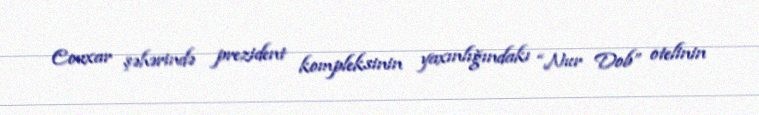
Couxar şəhərində prezident kompleksinin yaxınlığındakı “Nur Dob” otelinin